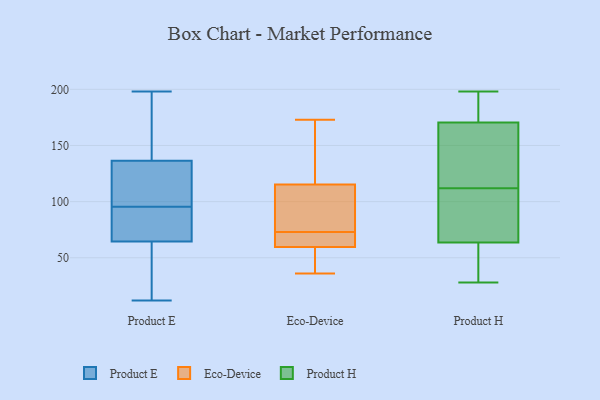
{"axis": {"x": "Market Share (%)", "y": "Value"}, "legend": ["Eco-Device", "Product E", "Product H"], "data": [{"x": "", "y": 79, "type": "Product E"}, {"x": "", "y": 116, "type": "Product E"}, {"x": "", "y": 167, "type": "Product E"}, {"x": "", "y": 92, "type": "Product E"}, {"x": "", "y": 94, "type": "Product E"}, {"x": "", "y": 95, "type": "Product E"}, {"x": "", "y": 96, "type": "Product E"}, {"x": "", "y": 122, "type": "Product E"}, {"x": "", "y": 50, "type": "Product E"}, {"x": "", "y": 114, "type": "Product E"}, {"x": "", "y": 159, "type": "Product E"}, {"x": "", "y": 92, "type": "Product E"}, {"x": "", "y": 24, "type": "Product E"}, {"x": "", "y": 198, "type": "Product E"}, {"x": "", "y": 12, "type": "Product E"}, {"x": "", "y": 32, "type": "Product E"}, {"x": "", "y": 155, "type": "Product E"}, {"x": "", "y": 12, "type": "Product E"}, {"x": "", "y": 100, "type": "Product E"}, {"x": "", "y": 151, "type": "Product E"}, {"x": "", "y": 161, "type": "Eco-Device"}, {"x": "", "y": 58, "type": "Eco-Device"}, {"x": "", "y": 104, "type": "Eco-Device"}, {"x": "", "y": 64, "type": "Eco-Device"}, {"x": "", "y": 73, "type": "Eco-Device"}, {"x": "", "y": 102, "type": "Eco-Device"}, {"x": "", "y": 67, "type": "Eco-Device"}, {"x": "", "y": 54, "type": "Eco-Device"}, {"x": "", "y": 173, "type": "Eco-Device"}, {"x": "", "y": 81, "type": "Eco-Device"}, {"x": "", "y": 71, "type": "Eco-Device"}, {"x": "", "y": 36, "type": "Eco-Device"}, {"x": "", "y": 119, "type": "Eco-Device"}, {"x": "", "y": 48, "type": "Eco-Device"}, {"x": "", "y": 165, "type": "Eco-Device"}, {"x": "", "y": 28, "type": "Product H"}, {"x": "", "y": 198, "type": "Product H"}, {"x": "", "y": 104, "type": "Product H"}, {"x": "", "y": 184, "type": "Product H"}, {"x": "", "y": 166, "type": "Product H"}, {"x": "", "y": 115, "type": "Product H"}, {"x": "", "y": 191, "type": "Product H"}, {"x": "", "y": 44, "type": "Product H"}, {"x": "", "y": 112, "type": "Product H"}, {"x": "", "y": 30, "type": "Product H"}, {"x": "", "y": 141, "type": "Product H"}, {"x": "", "y": 90, "type": "Product H"}, {"x": "", "y": 70, "type": "Product H"}]}